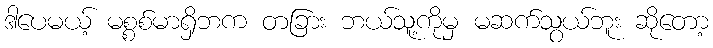
ဒါပေမယ့် မစ္စစ်မာရှိဘက တခြား ဘယ်သူ့ကိုမှ မဆက်သွယ်ဘူး ဆိုတော့